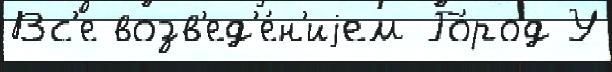
Вс'е возв'ед'е́н'иjем Го́род У